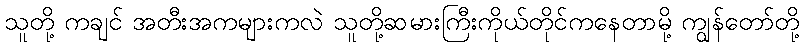
သူတို့ ကချင် အတီးအကများကလဲ သူတို့ဆမားကြီးကိုယ်တိုင်ကနေတာမို့ ကျွန်တော်တို့